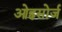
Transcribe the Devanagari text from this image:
ओह्नसोर्ज